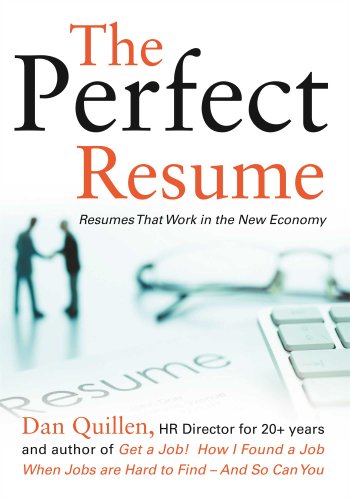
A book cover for The Perfect Resume: Resumes That Work in the New Economy (Get a Job!); Dan Quillen; Business & Money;